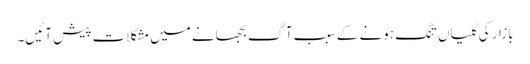
بازار کی گلیاں تنگ ہونے کے سبب آگ بجھانے میں مشکلات پیش آئیں۔